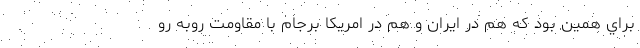
براي همين بود كه هم در ايران و هم در امريكا برجام با مقاومت روبه رو